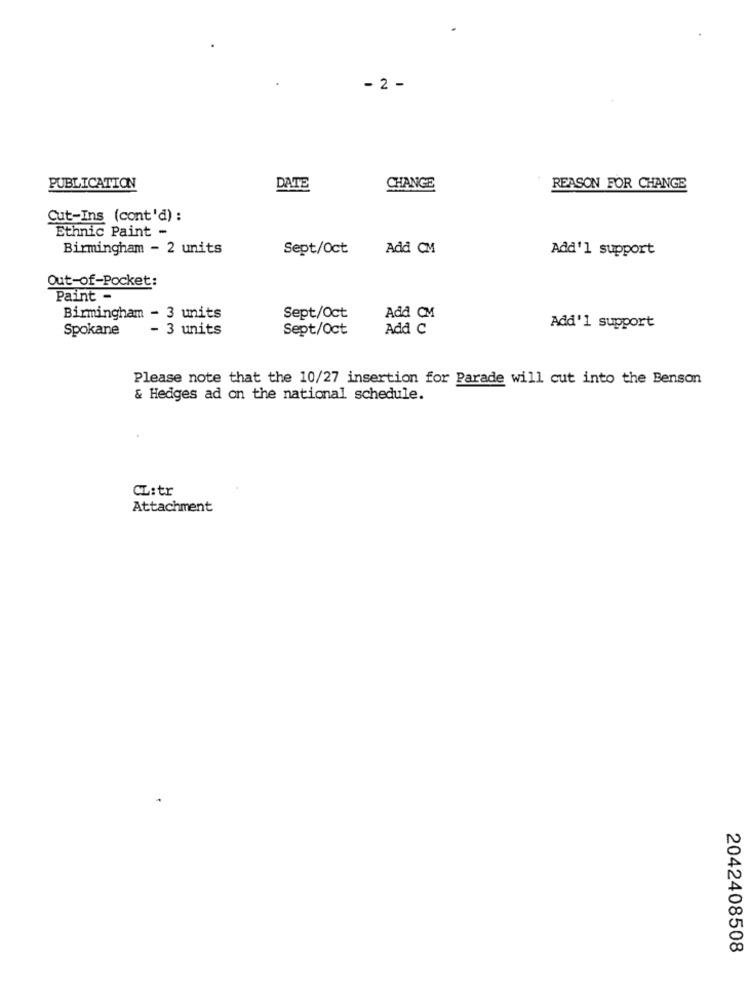
- 2 -
PUBLICATION
DATE
CHANGE
REASON FOR CHANGE
Cut-Ins (cont'd) :
Ethnic Paint -
Birmingham - 2 units
Sept/Oct
Add CM
Add'1 support
Out-of-Pocket:
Paint -
Birmingham - 3 units
Sept/Oct
Add CM
Spokane
- 3 units
Sept/Oct
Add C
Add'1 support
Please note that the 10/27 insertion for Parade will cut into the Benson
& Hedges ad on the national schedule.
CL:tr
Attachment
2042408508